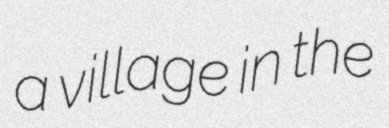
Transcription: a village in the